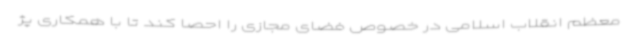
معظم انقلاب اسلامی در خصوص فضای مجازی را احصا کند تا با همکاری پژ